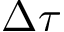
\Delta \tau